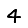
Digit: 4